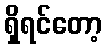
ရှိရင်တော့